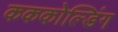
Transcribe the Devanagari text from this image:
कककोल्डिंग